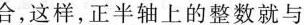
合，这样，正半轴上的整数就与